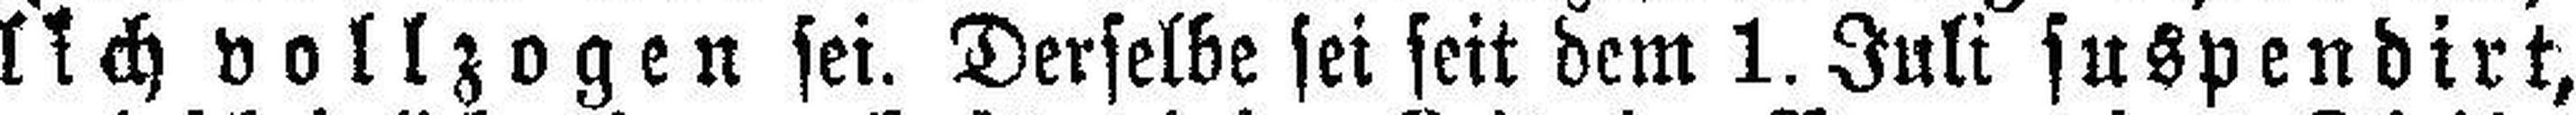
lich vollzogen sei. Derselbe sei seit dem 1. Juli suspendirt,